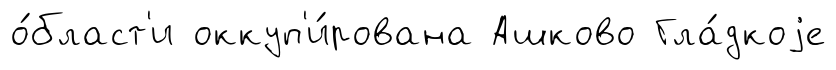
о́бласт'и оккуп'и́рована Ашково Гла́дкоjе